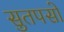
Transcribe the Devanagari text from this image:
सुतपसो